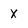
Character: X